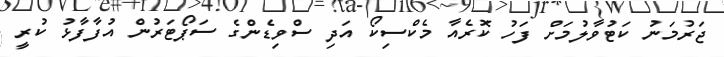
ޖަރުމަނު ކަޓުވާލުމަށް ފަހު ކޮރެއާ މެކްސިކޯ އަދި ސްވިޑެންގެ ސަޕޯޓަރުން އުފާފާޅު ކުރީ